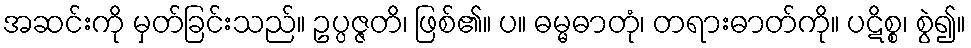
အဆင်းကို မှတ်ခြင်းသည်။ ဥပ္ပဇ္ဇတိ၊ ဖြစ်၏။ ပ။ ဓမ္မဓာတုံ၊ တရားဓာတ်ကို။ ပဋိစ္စ၊ စွဲ၍။